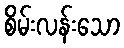
စိမ်းလန်းသော